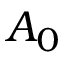
A _ { 0 }